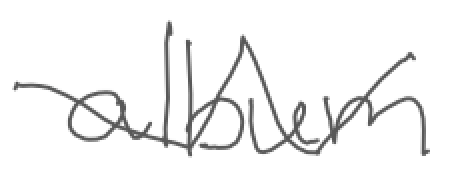
Text: album
Cross-out: zig-zag
Writing tool: digital_gray